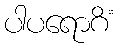
ပါပရောဂိံ